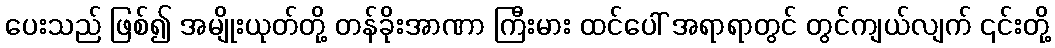
ပေးသည် ဖြစ်၍ အမျိုးယုတ်တို့ တန်ခိုးအာဏာ ကြီးမား ထင်ပေါ် အရာရာတွင် တွင်ကျယ်လျက် ၎င်းတို့